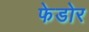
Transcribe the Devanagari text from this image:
फेडोर